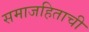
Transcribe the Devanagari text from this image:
समाजहिताची